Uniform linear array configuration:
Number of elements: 4
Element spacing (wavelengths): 1
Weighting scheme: exponential
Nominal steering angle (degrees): -15
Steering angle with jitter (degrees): -16.079
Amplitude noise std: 0.05
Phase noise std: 0.05

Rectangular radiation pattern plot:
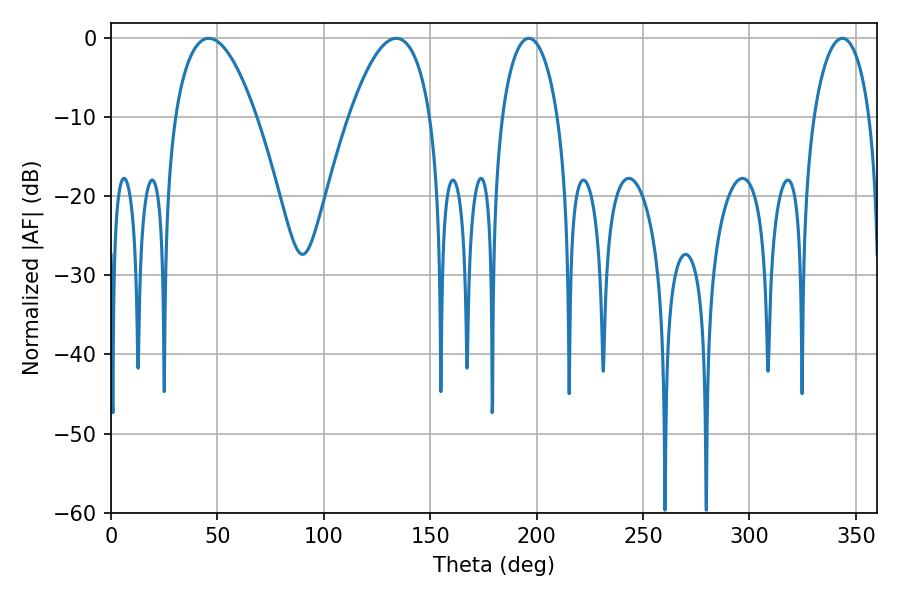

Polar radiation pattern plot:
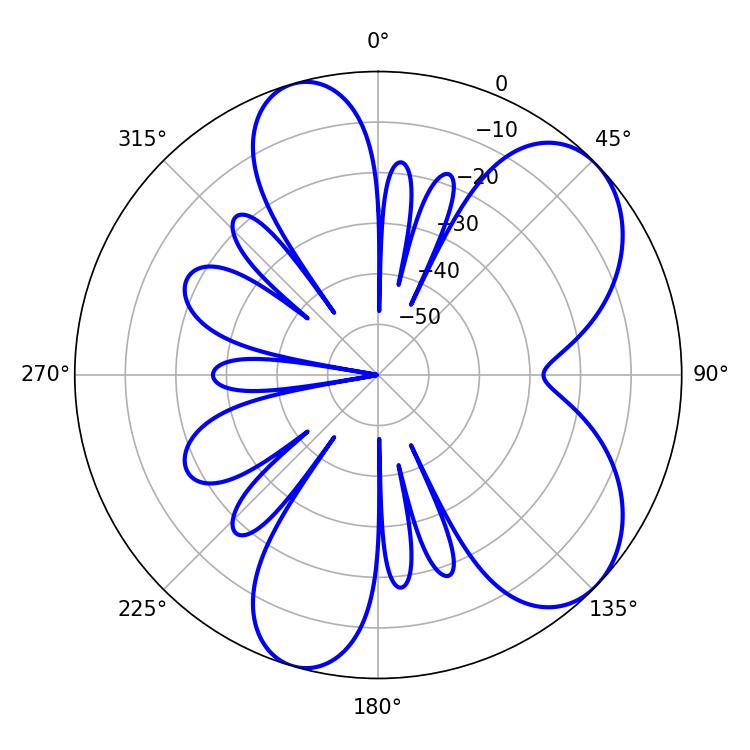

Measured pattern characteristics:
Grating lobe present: TRUE
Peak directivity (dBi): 6.82
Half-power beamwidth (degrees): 21.24
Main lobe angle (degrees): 45.9